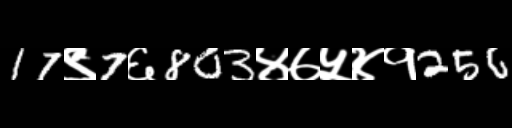
Text: 17९7६803४७५४१256